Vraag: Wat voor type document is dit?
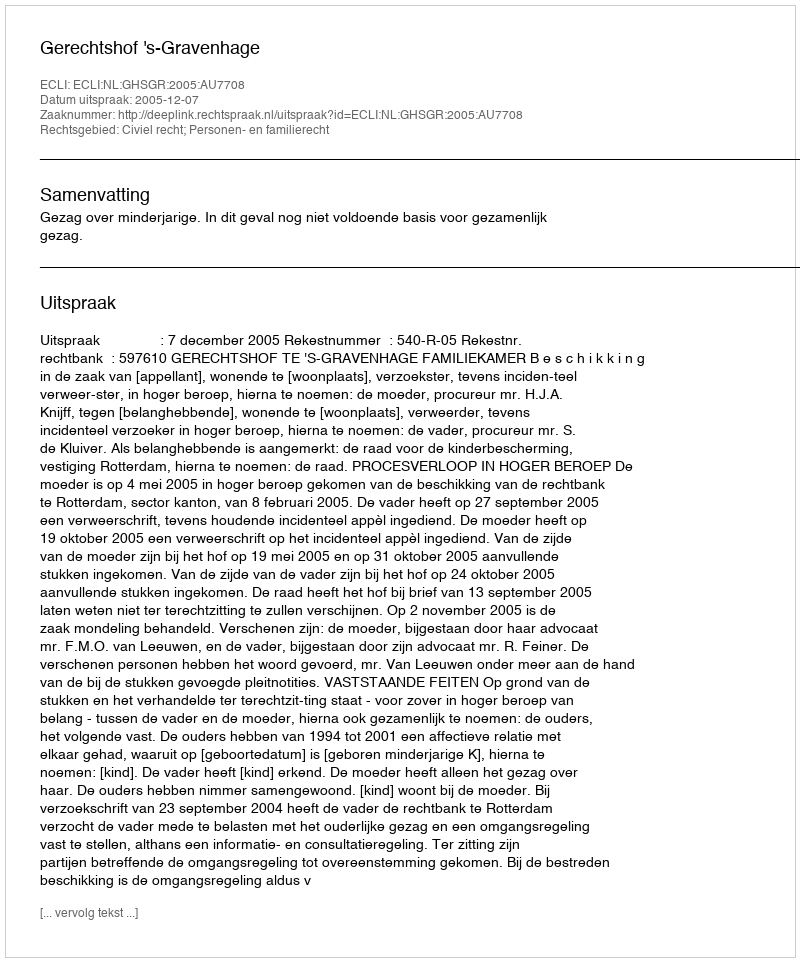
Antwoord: Uitspraak